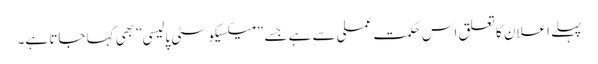
پہلے اعلان کا تعلق اس حکمت عملی سے ہے جسے ”میکسیکو سٹی پالیسی” بھی کہا جاتا ہے۔